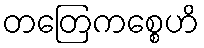
တတြေကစ္စေဟိ